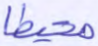
محيطا